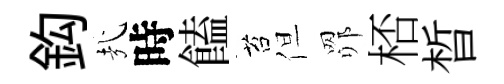
鈎㢤時饁苔但𦊑桮晳